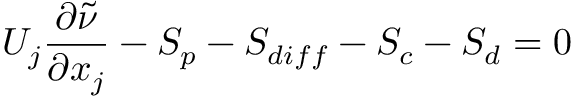
U _ { j } \frac { \partial \tilde { \nu } } { \partial x _ { j } } - S _ { p } - S _ { d i f f } - S _ { c } - S _ { d } = 0